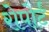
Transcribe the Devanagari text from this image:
रोपोर्ट